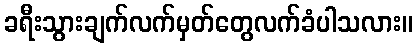
ခရီးသွားချက်လက်မှတ်တွေလက်ခံပါသလား။